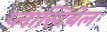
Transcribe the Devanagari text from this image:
प्लास्टिबेल